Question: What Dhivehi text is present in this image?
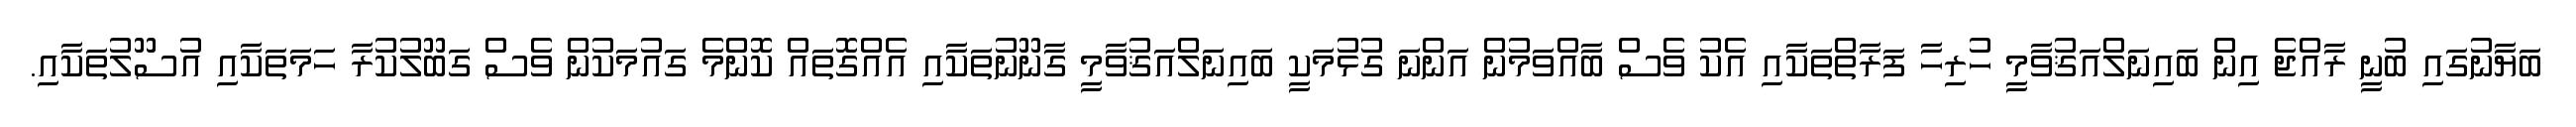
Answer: ބަޔާނުގައި ބުނީ ރާއްޖެ އިން ބައިނަލްއަޤުވާމީ ހުރިހާ ފަރާތްތަކާއި އެކު ވެސް ބާއްވަމުން އަންނަ ގުޅުމަކީ ބައިނަލްއަޤުވާމީ ގާނޫނުތަކާއި އެއްގޮތައް ކޮންމެ ގައުމަކުން ވެސް ގަބޫލުކުރާ ހަމަތަކާއި އުސޫލުތަކާއި.